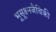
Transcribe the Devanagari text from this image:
भूसूक्ष्मजैविकी